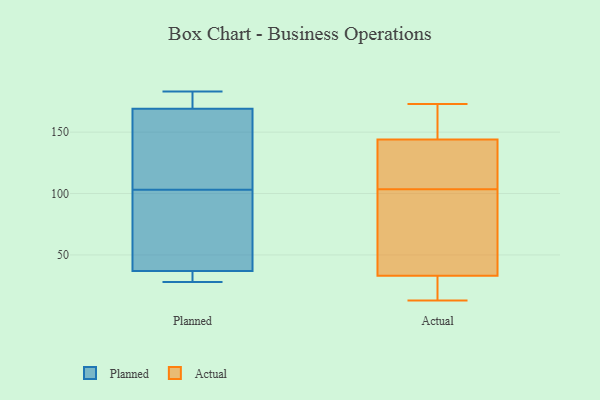
{"axis": {"x": "Revenue (USD Million)", "y": "Value"}, "legend": ["Actual", "Planned"], "data": [{"x": "", "y": 183, "type": "Planned"}, {"x": "", "y": 33, "type": "Planned"}, {"x": "", "y": 88, "type": "Planned"}, {"x": "", "y": 169, "type": "Planned"}, {"x": "", "y": 37, "type": "Planned"}, {"x": "", "y": 130, "type": "Planned"}, {"x": "", "y": 28, "type": "Planned"}, {"x": "", "y": 182, "type": "Planned"}, {"x": "", "y": 84, "type": "Planned"}, {"x": "", "y": 118, "type": "Planned"}, {"x": "", "y": 45, "type": "Actual"}, {"x": "", "y": 142, "type": "Actual"}, {"x": "", "y": 123, "type": "Actual"}, {"x": "", "y": 124, "type": "Actual"}, {"x": "", "y": 146, "type": "Actual"}, {"x": "", "y": 102, "type": "Actual"}, {"x": "", "y": 34, "type": "Actual"}, {"x": "", "y": 173, "type": "Actual"}, {"x": "", "y": 55, "type": "Actual"}, {"x": "", "y": 26, "type": "Actual"}, {"x": "", "y": 154, "type": "Actual"}, {"x": "", "y": 13, "type": "Actual"}, {"x": "", "y": 165, "type": "Actual"}, {"x": "", "y": 105, "type": "Actual"}, {"x": "", "y": 32, "type": "Actual"}, {"x": "", "y": 32, "type": "Actual"}]}